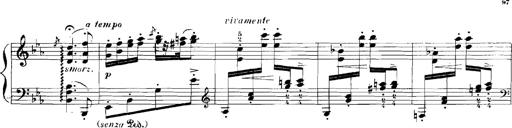
Title: Rhapsodies hongroises
Composer: Franz Liszt